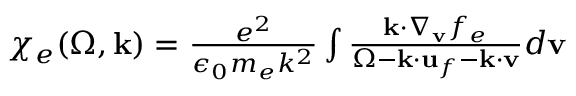
\begin{array} { r } { \chi _ { e } ( \Omega , \mathbf { k } ) = \frac { e ^ { 2 } } { \epsilon _ { 0 } m _ { e } k ^ { 2 } } \int \frac { \mathbf { k } \cdot \nabla _ { \mathbf { v } } f _ { e } } { \Omega - \mathbf { k } \cdot \mathbf { u } _ { f } - \mathbf { k } \cdot \mathbf { v } } d \mathbf { v } } \end{array}